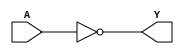
//2022-7-19 ;


module inv(
	A,
	Y
	);
 	input A;
	output Y;

assign  Y=~A;

endmodule